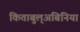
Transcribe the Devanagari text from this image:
किताबुल्अबिनिया